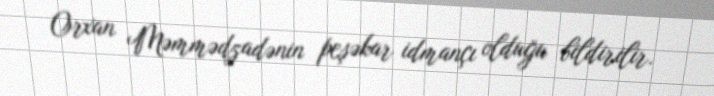
Orxan Məmmədzadənin peşəkar idmançı olduğu bildirilir.